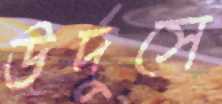
উর্দুসে